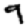
Digit: 9